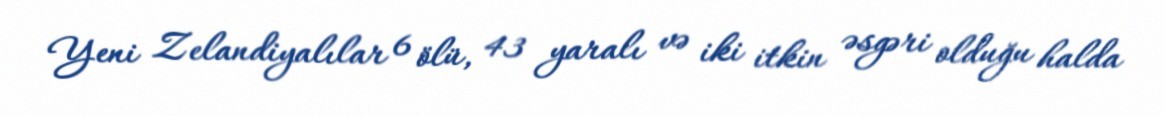
Yeni Zelandiyalılar 6 ölü, 43 yaralı və iki itkin əsgəri olduğu halda